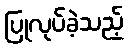
ပြုလုပ်ခဲ့သည့်